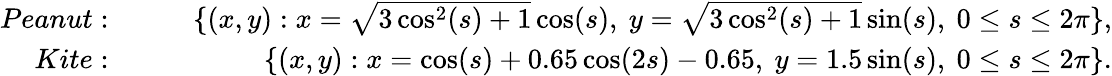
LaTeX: \begin{array}{rlr}{{Peanut:}}&{{}\quad}&{\{ (x,y):x=\sqrt{3\cos^{2}(s)+1}\cos(s),\ y=\sqrt{3\cos^{2}(s)+1}\sin(s),\ 0\le s\le 2\pi\} ,}\\ {{Kite:}}&{{}\quad}&{\{ (x,y):x=\cos(s)+0.65\cos(2s)-0.65,\ y=1.5\sin(s),\ 0\le s\le 2\pi\} .}\end{array}